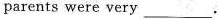
parents were very___.